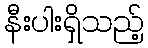
နီးပါးရှိသည့်